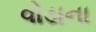
વોડાના